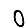
Digit: 0